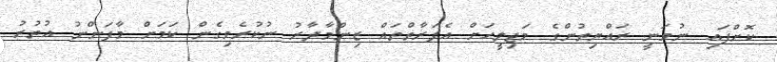
ކޮށްފައި ނުވަނީ ރައްޔިތުންގެ މަޖިލީހަށް އެފަރާތްތައް ޒިންމާދާރު ނުކުރެވިގެން ކަމަށް މާފަންނު އުތުރު